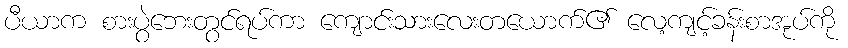
ပီယာက စားပွဲဘေးတွင်ရပ်ကာ ကျောင်းသားလေးတယောက်၏ လေ့ကျင့်ခန်းစာအုပ်ကို